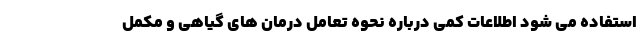
استفاده می شود اطلاعات کمی درباره نحوه تعامل درمان های گیاهی و مکمل